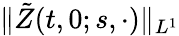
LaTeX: \| \tilde{Z}(t,0;s,\cdot)\| _{L^{1}}